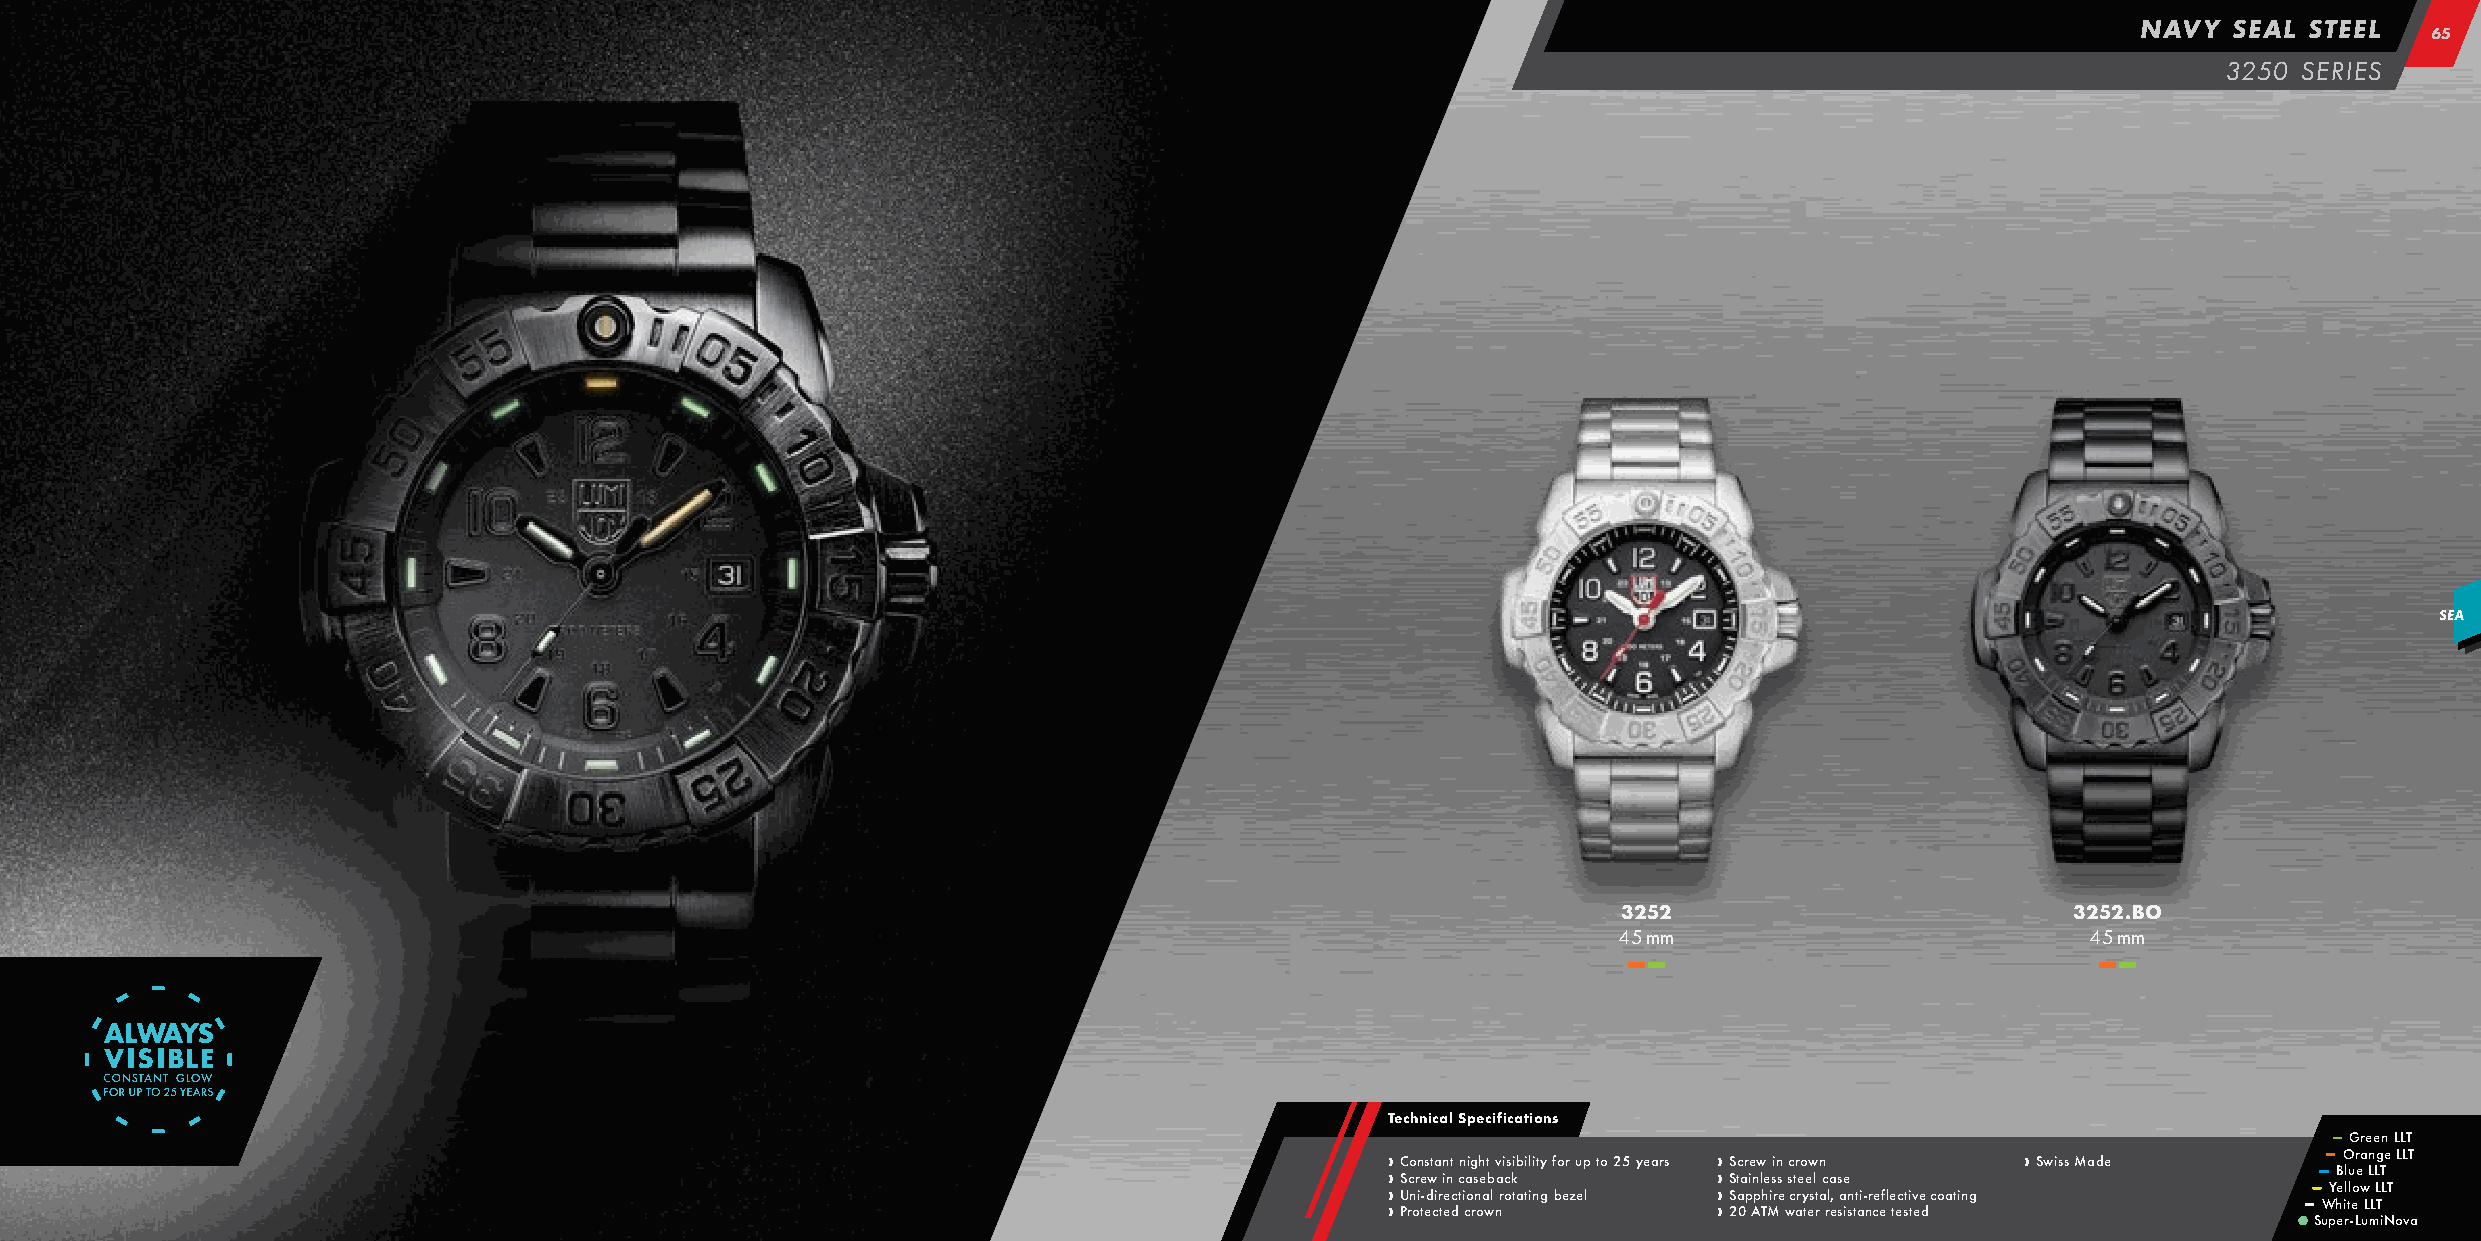
NAVY  SEAL STEEL
 6655
 3250 SERIES
 SEA
 3252                          3252.BO
 45 mm                          45 mm
 –– ––                          –– ––
 Technical Specifications
 –– Green LLT
 –– Orange LLT
 › Constant night visibility for up to 25 years › Screw in crown › Swiss Made –– Blue LLT
 › Screw in caseback   › Stainless steel case                 –– Yellow LLT
 › Uni-directional rotating bezel › Sapphire crystal, anti-reflective coating –– White LLT
 › Protected crown     › 20 ATM water resistance tested
 Super-LumiNova